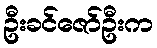
ဦးခင်ဇော်ဦးက